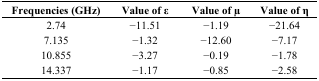
<table><thead><tr><td><b>Frequencies (GHz)</b></td><td><b>Value of ε </b></td><td><b>Value of μ </b></td><td><b>Value of η</b></td></tr></thead><tbody><tr><td>2.74</td><td>−11.51</td><td>−1.19</td><td>−21.64</td></tr><tr><td>7.135</td><td>−1.32</td><td>−12.60</td><td>−7.17</td></tr><tr><td>10.855</td><td>−3.27</td><td>−0.19</td><td>−1.78</td></tr><tr><td>14.337</td><td>−1.17</td><td>−0.85</td><td>−2.58</td></tr></tbody></table>